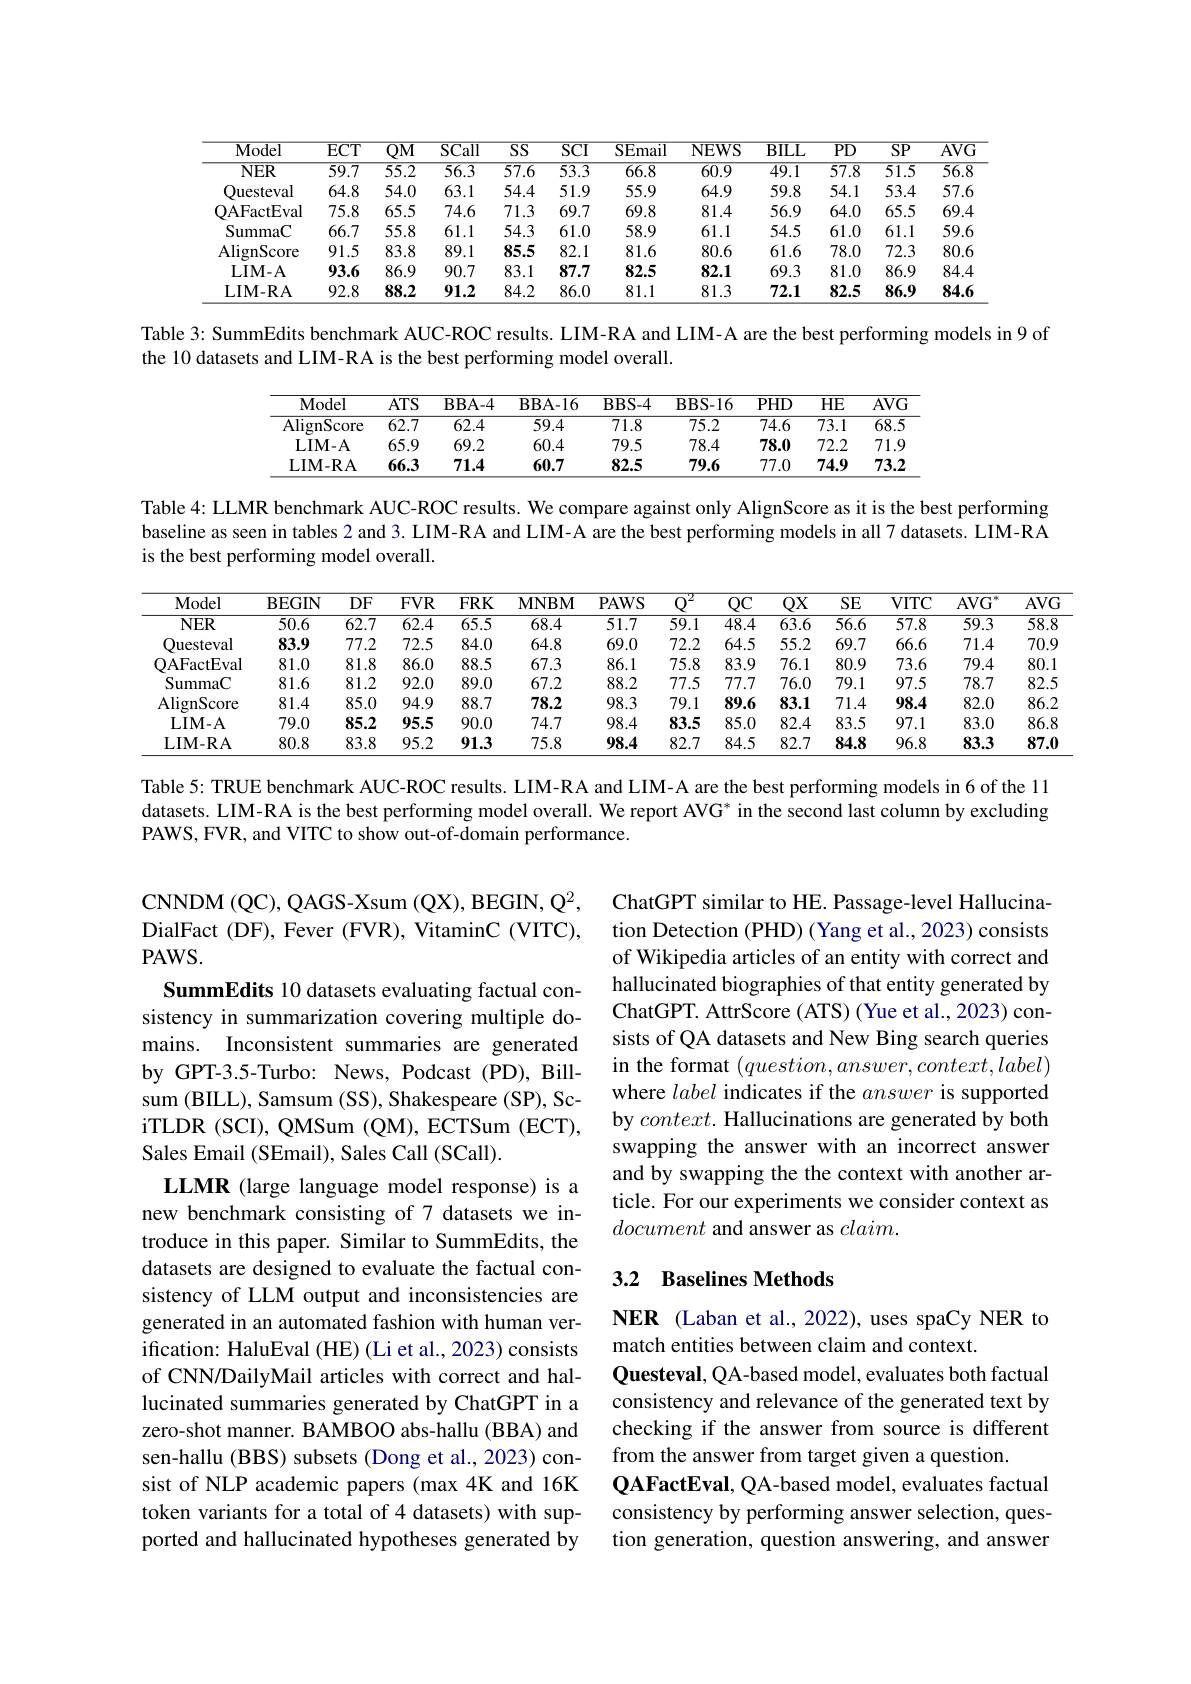
<table>
	<tbody>
		<tr>
			<th>Model</th>
			<th>$\overline{\mathrm{ECT}}$</th>
			<th>$\overline{\mathrm{QM}}$</th>
			<th>$\overline{\mathrm{SCall}}$</th>
			<th>$\overline{SS}$</th>
			<th>$\overline{\mathrm{SCI}}$</th>
			<th>$\overline{{\mathrm{SEmail}}}$</th>
			<th>NEWS</th>
			<th>$\overline{{\mathrm{BILL}}}$</th>
			<th>$\overline{PD}$</th>
			<th>$\overline{\mathrm{SP}}$</th>
			<th>$\overline{\mathrm{AVC}}$</th>
		</tr>
		<tr>
			<td>$\overline{\mathrm{NER}}$</td>
			<td>59.7</td>
			<td>55.2</td>
			<td>56.3</td>
			<td>$\overline{57.6}$</td>
			<td>$\overline{53.3}$</td>
			<td>$\overline{66.8}$</td>
			<td>$\overline{60.9}$</td>
			<td>$\overline{49.1}$</td>
			<td>$\overline{57.8}$</td>
			<td>51.5</td>
			<td>56.8</td>
		</tr>
		<tr>
			<td>Questeval</td>
			<td>64.8</td>
			<td>54.0</td>
			<td>63.1</td>
			<td>54.4</td>
			<td>51.9</td>
			<td>55.9</td>
			<td>64.9</td>
			<td>59.8</td>
			<td>54.1</td>
			<td>53.4</td>
			<td>57.6</td>
		</tr>
		<tr>
			<td>QAFactEval</td>
			<td>75.8</td>
			<td>65.5</td>
			<td>74.6</td>
			<td>71.3</td>
			<td>69.7</td>
			<td>69.8</td>
			<td>81.4</td>
			<td>56.9</td>
			<td>64.0</td>
			<td>65.5</td>
			<td>69.4</td>
		</tr>
		<tr>
			<td>SummaC</td>
			<td>66.7</td>
			<td>55.8</td>
			<td>61.1</td>
			<td>54.3</td>
			<td>61.0</td>
			<td>58.9</td>
			<td>61.1</td>
			<td>54.5</td>
			<td>61.0</td>
			<td>61.1</td>
			<td>59.6</td>
		</tr>
		<tr>
			<td>AlignScore</td>
			<td>91.5</td>
			<td>83.8</td>
			<td>89.1</td>
			<td>85.5</td>
			<td>82.1</td>
			<td>81.6</td>
			<td>80.6</td>
			<td>61.6</td>
			<td>78.0</td>
			<td>72.3</td>
			<td>80.6</td>
		</tr>
		<tr>
			<td>LIM- A</td>
			<td>93.6</td>
			<td>86.9</td>
			<td>90.7</td>
			<td>83.1</td>
			<td>87.7</td>
			<td>82.5</td>
			<td>82.1</td>
			<td>69.3</td>
			<td>81.0</td>
			<td>86.9</td>
			<td>84.4</td>
		</tr>
		<tr>
			<td>LIM- RA</td>
			<td>92.8</td>
			<td>88.2</td>
			<td>91.2</td>
			<td>84.2</td>
			<td>86.0</td>
			<td>81.1</td>
			<td>81.3</td>
			<td>72.1</td>
			<td>82.5</td>
			<td>86.9</td>
			<td>84.6</td>
		</tr>
	</tbody>
</table>

Table 3: SummEdits benchmark AUC-ROC results. LIM-RA and LIM-A are the best performing models in 9 of
the 10 datasets and LIM-RA is the best performing model overall.

<table>
	<tbody>
		<tr>
			<th>Model</th>
			<th>$ATS$</th>
			<th>BBA- 4</th>
			<th>BBA- 16</th>
			<th>$\mathbf{BBS-4}$</th>
			<th>BBS- 16</th>
			<th>$PHD$</th>
			<th>$HE$</th>
			<th>$AVG$</th>
		</tr>
		<tr>
			<td>AlignScore</td>
			<td>$\overline{62.7}$</td>
			<td>62.4</td>
			<td>59.4</td>
			<td>71.8</td>
			<td>75.2</td>
			<td>$\overline{74.6}$</td>
			<td>$\overline{73.1}$</td>
			<td>$\overline{68.5}$</td>
		</tr>
		<tr>
			<td>$\mathbf{LIM-A}$</td>
			<td>65.9</td>
			<td>69.2</td>
			<td>60.4</td>
			<td>79.5</td>
			<td>78.4</td>
			<td>78.0</td>
			<td>72.2</td>
			<td>71.9</td>
		</tr>
		<tr>
			<td>LIM- RA</td>
			<td>66.3</td>
			<td>71.4</td>
			<td>60.7</td>
			<td>82.5</td>
			<td>79.6</td>
			<td>77.0</td>
			<td>74.9</td>
			<td>73.2</td>
		</tr>
	</tbody>
</table>

Table 4: LLMR benchmark AUC-ROC results. We compare against only AlignScore as it is the best performing baseline as seen in tables 2 and 3. LIM-RA and LIM-A are the best performing models in all 7 datasets. LIM-RA is the best performing model overall.

<table>
	<tbody>
		<tr>
			<th>Model</th>
			<th>BEGIN</th>
			<th>$DF$</th>
			<th>$FVR$</th>
			<th>$FRK$</th>
			<th>$\mathbf{MNBM}$</th>
			<th>PAWS</th>
			<th>2 $Q^{\cdot}$</th>
			<th>$QC$</th>
			<th>$QX$</th>
			<th>SE</th>
			<th>$VITC$</th>
			<th>$AVG$</th>
			<th>$AVG$</th>
		</tr>
		<tr>
			<td>$NER$</td>
			<td>50.6</td>
			<td>$\overline{62.7}$</td>
			<td>$\overline{62.4}$</td>
			<td>$\overline{65.5}$</td>
			<td>68.4</td>
			<td>51.7</td>
			<td>$\overline{59.1}$</td>
			<td>48.4</td>
			<td>$\overline{63.6}$</td>
			<td>$\overline{56.6}$</td>
			<td>57.8</td>
			<td>59.3</td>
			<td>58.8</td>
		</tr>
		<tr>
			<td>Questeval</td>
			<td>83.9</td>
			<td>77.2</td>
			<td>72.5</td>
			<td>84.0</td>
			<td>64.8</td>
			<td>69.0</td>
			<td>72.2</td>
			<td>64.5</td>
			<td>55.2</td>
			<td>69.7</td>
			<td>66.6</td>
			<td>71.4</td>
			<td>70.9</td>
		</tr>
		<tr>
			<td>QAFactEval</td>
			<td>81.0</td>
			<td>81.8</td>
			<td>86.0</td>
			<td>88.5</td>
			<td>67.3</td>
			<td>86.1</td>
			<td>75.8</td>
			<td>83.9</td>
			<td>76.1</td>
			<td>80.9</td>
			<td>73.6</td>
			<td>79.4</td>
			<td>80.1</td>
		</tr>
		<tr>
			<td>SummaC</td>
			<td>81.6</td>
			<td>81.2</td>
			<td>92.0</td>
			<td>89.0</td>
			<td>67.2</td>
			<td>88.2</td>
			<td>77.5</td>
			<td>77.7</td>
			<td>76.0</td>
			<td>79.1</td>
			<td>97.5</td>
			<td>78.7</td>
			<td>82.5</td>
		</tr>
		<tr>
			<td>AlignScore</td>
			<td>81.4</td>
			<td>85.0</td>
			<td>94.9</td>
			<td>88.7</td>
			<td>78.2</td>
			<td>98.3</td>
			<td>79.1</td>
			<td>89.6</td>
			<td>83.1</td>
			<td>71.4</td>
			<td>98.4</td>
			<td>82.0</td>
			<td>86.2</td>
		</tr>
		<tr>
			<td>LIM- A</td>
			<td>79.0</td>
			<td>85.2</td>
			<td>95.5</td>
			<td>90.0</td>
			<td>74.7</td>
			<td>98.4</td>
			<td>83.5</td>
			<td>85.0</td>
			<td>82.4</td>
			<td>83.5</td>
			<td>97.1</td>
			<td>83.0</td>
			<td>86.8</td>
		</tr>
		<tr>
			<td>LIM- RA</td>
			<td>80.8</td>
			<td>83.8</td>
			<td>95.2</td>
			<td>91.3</td>
			<td>75.8</td>
			<td>98.4</td>
			<td>82.7</td>
			<td>84.5</td>
			<td>82.7</td>
			<td>84.8</td>
			<td>96.8</td>
			<td>83.3</td>
			<td>87.0</td>
		</tr>
	</tbody>
</table>

Table 5: TRUE benchmark AUC-ROC results. LIM-RA and LIM-A are the best performing models in 6 of the 11 datasets. LIM-RA is the best performing model overall. We report AVG* in the second last column by excluding PAWS, FVR, and VITC to show out-of-domain performance.

CNNDM ( QC) , QAGS- Xsum ( QX) , BEGIN, $Q^{2}$, DialFact (DF), Fever (FVR), VitaminC (VITC), $PAWS.$

ChatGPT similar to HE. Passage-level Hallucination Detection (PHD) (Yang et al., 2023) consists of Wikipedia articles of an entity with correct and hallucinated biographies of that entity generated by ChatGPT. AttrScore (ATS) (Yue et al., 2023) consists of QA datasets and New Bing search queries in the format $(question,answer,context,label)$ where label indicates if the answer is supported by $context.$ Hallucinations are generated by both swapping the answer with an incorrect answer and by swapping the the context with another article. For our experiments we consider context as document and answer as $claim.$

SummEdits 10 datasets evaluating factual consistency in summarization covering multiple domains. Inconsistent summaries are generated by GPT-3.5-Turbo: News, Podcast (PD), Billsum (BILL), Samsum (SS), Shakespeare (SP), SciTLDR (SCI), QMSum (QM), ECTSum (ECT), Sales Email (SEmail), Sales Call (SCall).

LLMR (large language model response) is a new benchmark consisting of 7 datasets we introduce in this paper. Similar to SummEdits, the datasets are designed to evaluate the factual consistency of LLM output and inconsistencies are generated in an automated fashion with human verification: HaluEval (HE) (Li et al., 2023) consists of CNN/DailyMail articles with correct and hallucinated summaries generated by ChatGPT in a zero-shot manner. BAMBOO abs-hallu (BBA) and sen-hallu (BBS) subsets (Dong et al., 2023) consist of NLP academic papers (max 4K and 16K token variants for a total of 4 datasets) with supported and hallucinated hypotheses generated by

## 3.2 Baselines Methods

NER (Laban et al.,2022), uses spaCy NER to
match entities between claim and context.
Questeval, QA-based model, evaluates both factual consistency and relevance of the generated text by checking if the answer from source is different from the answer from target given a question.
QAFactEval, QA-based model, evaluates factual consistency by performing answer selection, question generation, question answering, and answer